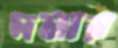
দলার